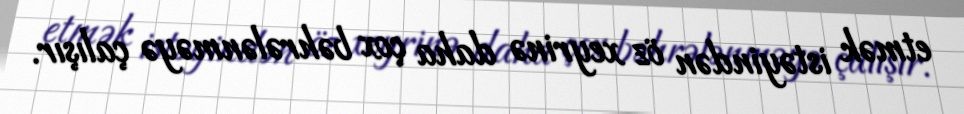
etmək istəyindən öz xeyrinə daha çox bəhrələnməyə çalışır.